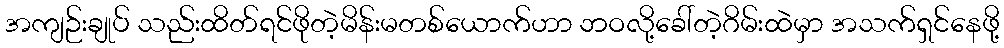
အကျဉ်းချုပ် သည်းထိတ်ရင်ဖိုတဲ့မိန်းမတစ်ယောက်ဟာ ဘဝလို့ခေါ်တဲ့ဂိမ်းထဲမှာ အသက်ရှင်နေဖို့